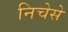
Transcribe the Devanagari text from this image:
निचेसे